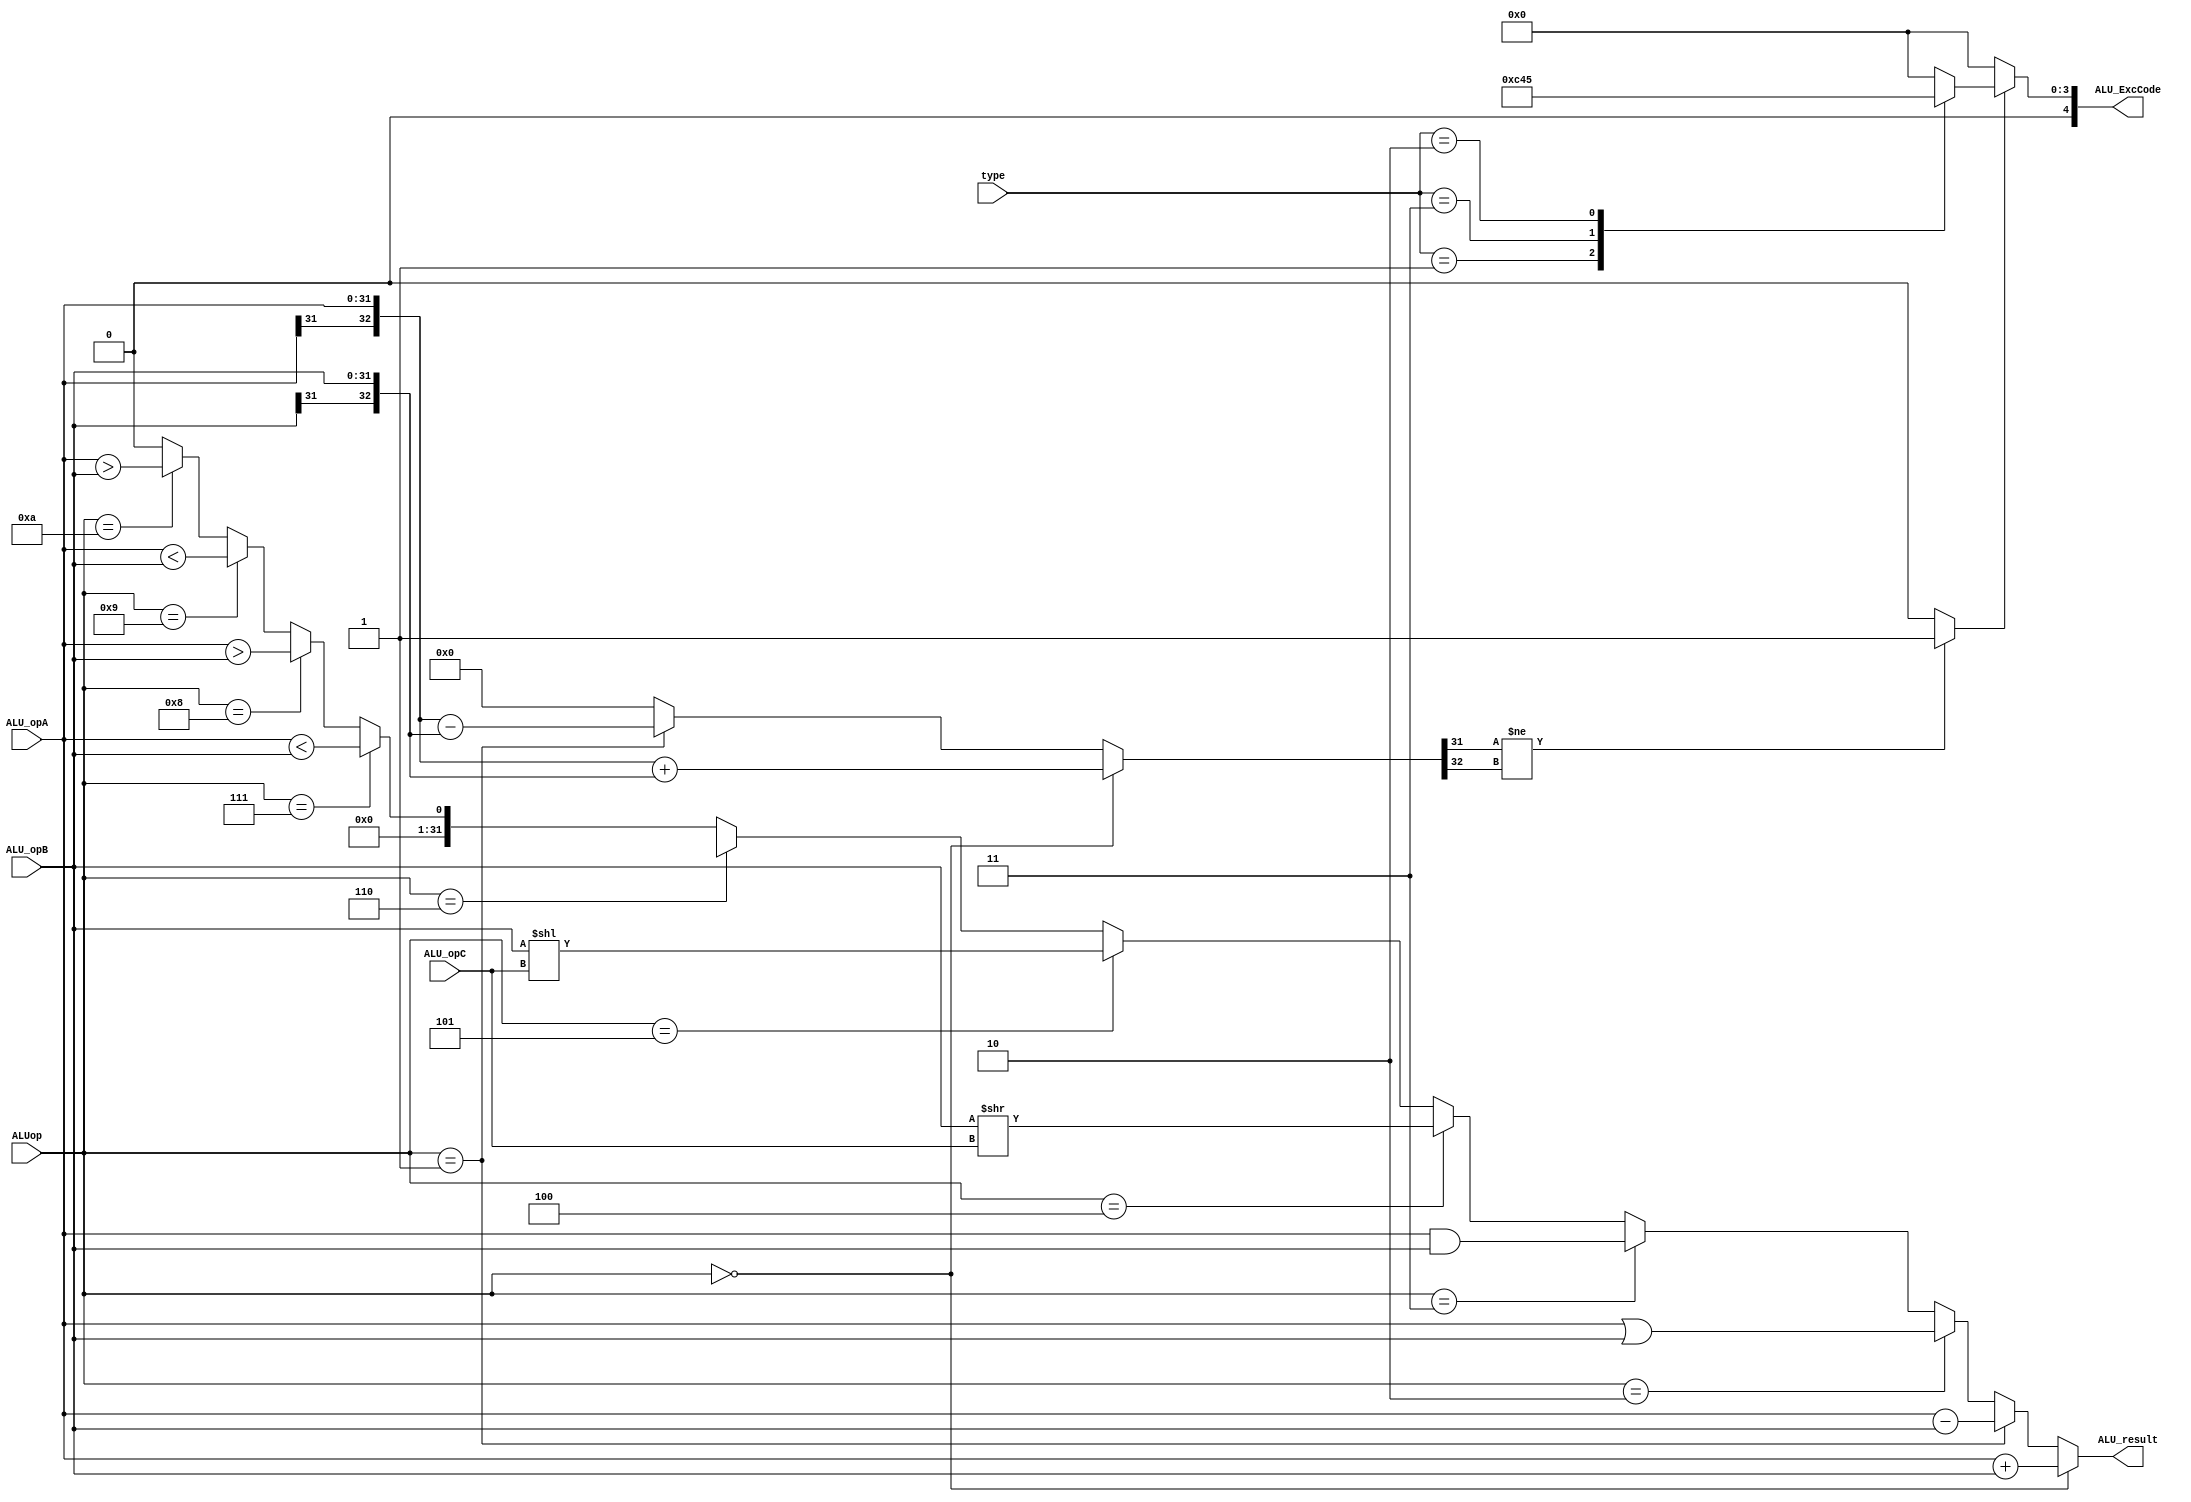
`timescale 1ns / 1ps
//////////////////////////////////////////////////////////////////////////////////
// Company: 
// Engineer: 
// 
// Design Name: 
// Module Name:    ALU 
// Project Name: 
// Target Devices: 
// Tool versions: 
// Description: 
//
// Dependencies: 
//
// Revision: 
// Revision 0.01 - File Created
// Additional Comments: 
//
//////////////////////////////////////////////////////////////////////////////////
module ALU(
    input [31:0] ALU_opA,
    input [31:0] ALU_opB,
    input [4:0] ALU_opC,
	 input [3:0] type,
    input [4:0] ALUop,
    output [31:0] ALU_result,
	 output reg [4:0] ALU_ExcCode
    );
	 
	 parameter cal = 4'b0001, load = 4'b0011, store = 4'b0010;
	 parameter Ov = 5'd12, AdEL = 5'd4, AdES = 5'd5;
	 
	 wire [31:0] archshift;
	 wire [31:0] high;
	 wire [31:0] low;
	 wire Exception;
	 wire [32:0] temp;           // 
	 
	 
	 assign high = ($signed(ALU_opA) > $signed(ALU_opB));  //  A > B
 	 assign low = ($signed(ALU_opA) < $signed(ALU_opB));  //  A < B
	 assign archishift = $signed(ALU_opB) >>> $signed(ALU_opC);
	 
	 assign temp = (ALUop == 5'd0) ? ({ALU_opA[31],ALU_opA} + {ALU_opB[31],ALU_opB}) :
	                    (ALUop == 5'd1) ? ({ALU_opA[31],ALU_opA} - {ALU_opB[31],ALU_opB}) :
							                    33'd0;
	 assign Exception = (temp[31] != temp[32]) ? 1'b1 : 1'b0;
	 
	 
/////////////////////////// Judge ExcCode //////////////////
    
    always @(*) begin
        if (Exception == 1'b1) begin
            case(type)
				    cal:    ALU_ExcCode = Ov;
					 load:   ALU_ExcCode = AdEL;
					 store:  ALU_ExcCode = AdES;
					 default : ALU_ExcCode = 5'd0;
				endcase
        end else begin
            ALU_ExcCode = 5'd0;
        end		  
    end	 
	 
 
	// 00000A+B 00001A-B 00010AB 00011AB 00100BC; 00101: BC; 00110: BC; 
	// 00111A<?B; 01000: A>?B;  01001A<?B; 01010: A>?B
	 assign ALU_result = (ALUop == 5'd0) ? (ALU_opA + ALU_opB) :
	                     (ALUop == 5'd1) ? (ALU_opA - ALU_opB) : 
								(ALUop == 5'd2) ? (ALU_opA | ALU_opB) :
								(ALUop == 5'd3) ? (ALU_opA & ALU_opB) :
								(ALUop == 5'd4) ? (ALU_opB >> ALU_opC) :
								(ALUop == 5'd5) ? (ALU_opB << ALU_opC) :
								(ALUop == 5'd6) ? archshift : 
								(ALUop == 5'd7) ? low :
								(ALUop == 5'd8) ? high :
								(ALUop == 5'd9) ? (ALU_opA < ALU_opB) :
								(ALUop == 5'd10) ? (ALU_opA > ALU_opB) :
								                  32'd0;
	 


endmodule